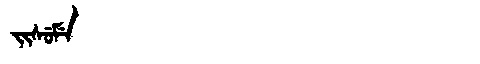
Manchu: ᠵᡳᠰᡠᠮᡝ
Romanization: JISUME